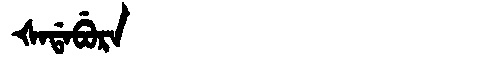
Manchu: ᡧᠠᡩᠠᠪᡠᡵᠠ
Romanization: ŠADABURA